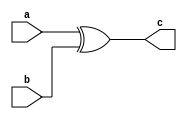
`timescale 1ns/1ns

module top_module( 
    input a, 
    input b, 
    output c );
    assign c=a^b;

endmodule